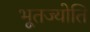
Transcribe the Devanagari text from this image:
भूतज्योति